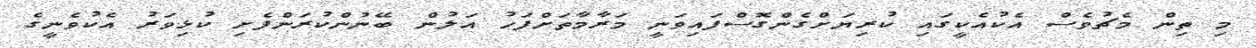
މި ތިން މެޗުވެސް އެކުއެކީގައި ކުރިޔަށްގެންގޮސްފައިވަނީ މަރާމާތަށްފަހު އަލުން ބޭނުންކުރަންފެށި ކުޅިވަރު އެކުވެނީގެ